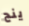
ينج